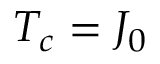
T _ { c } = { { J } _ { 0 } }